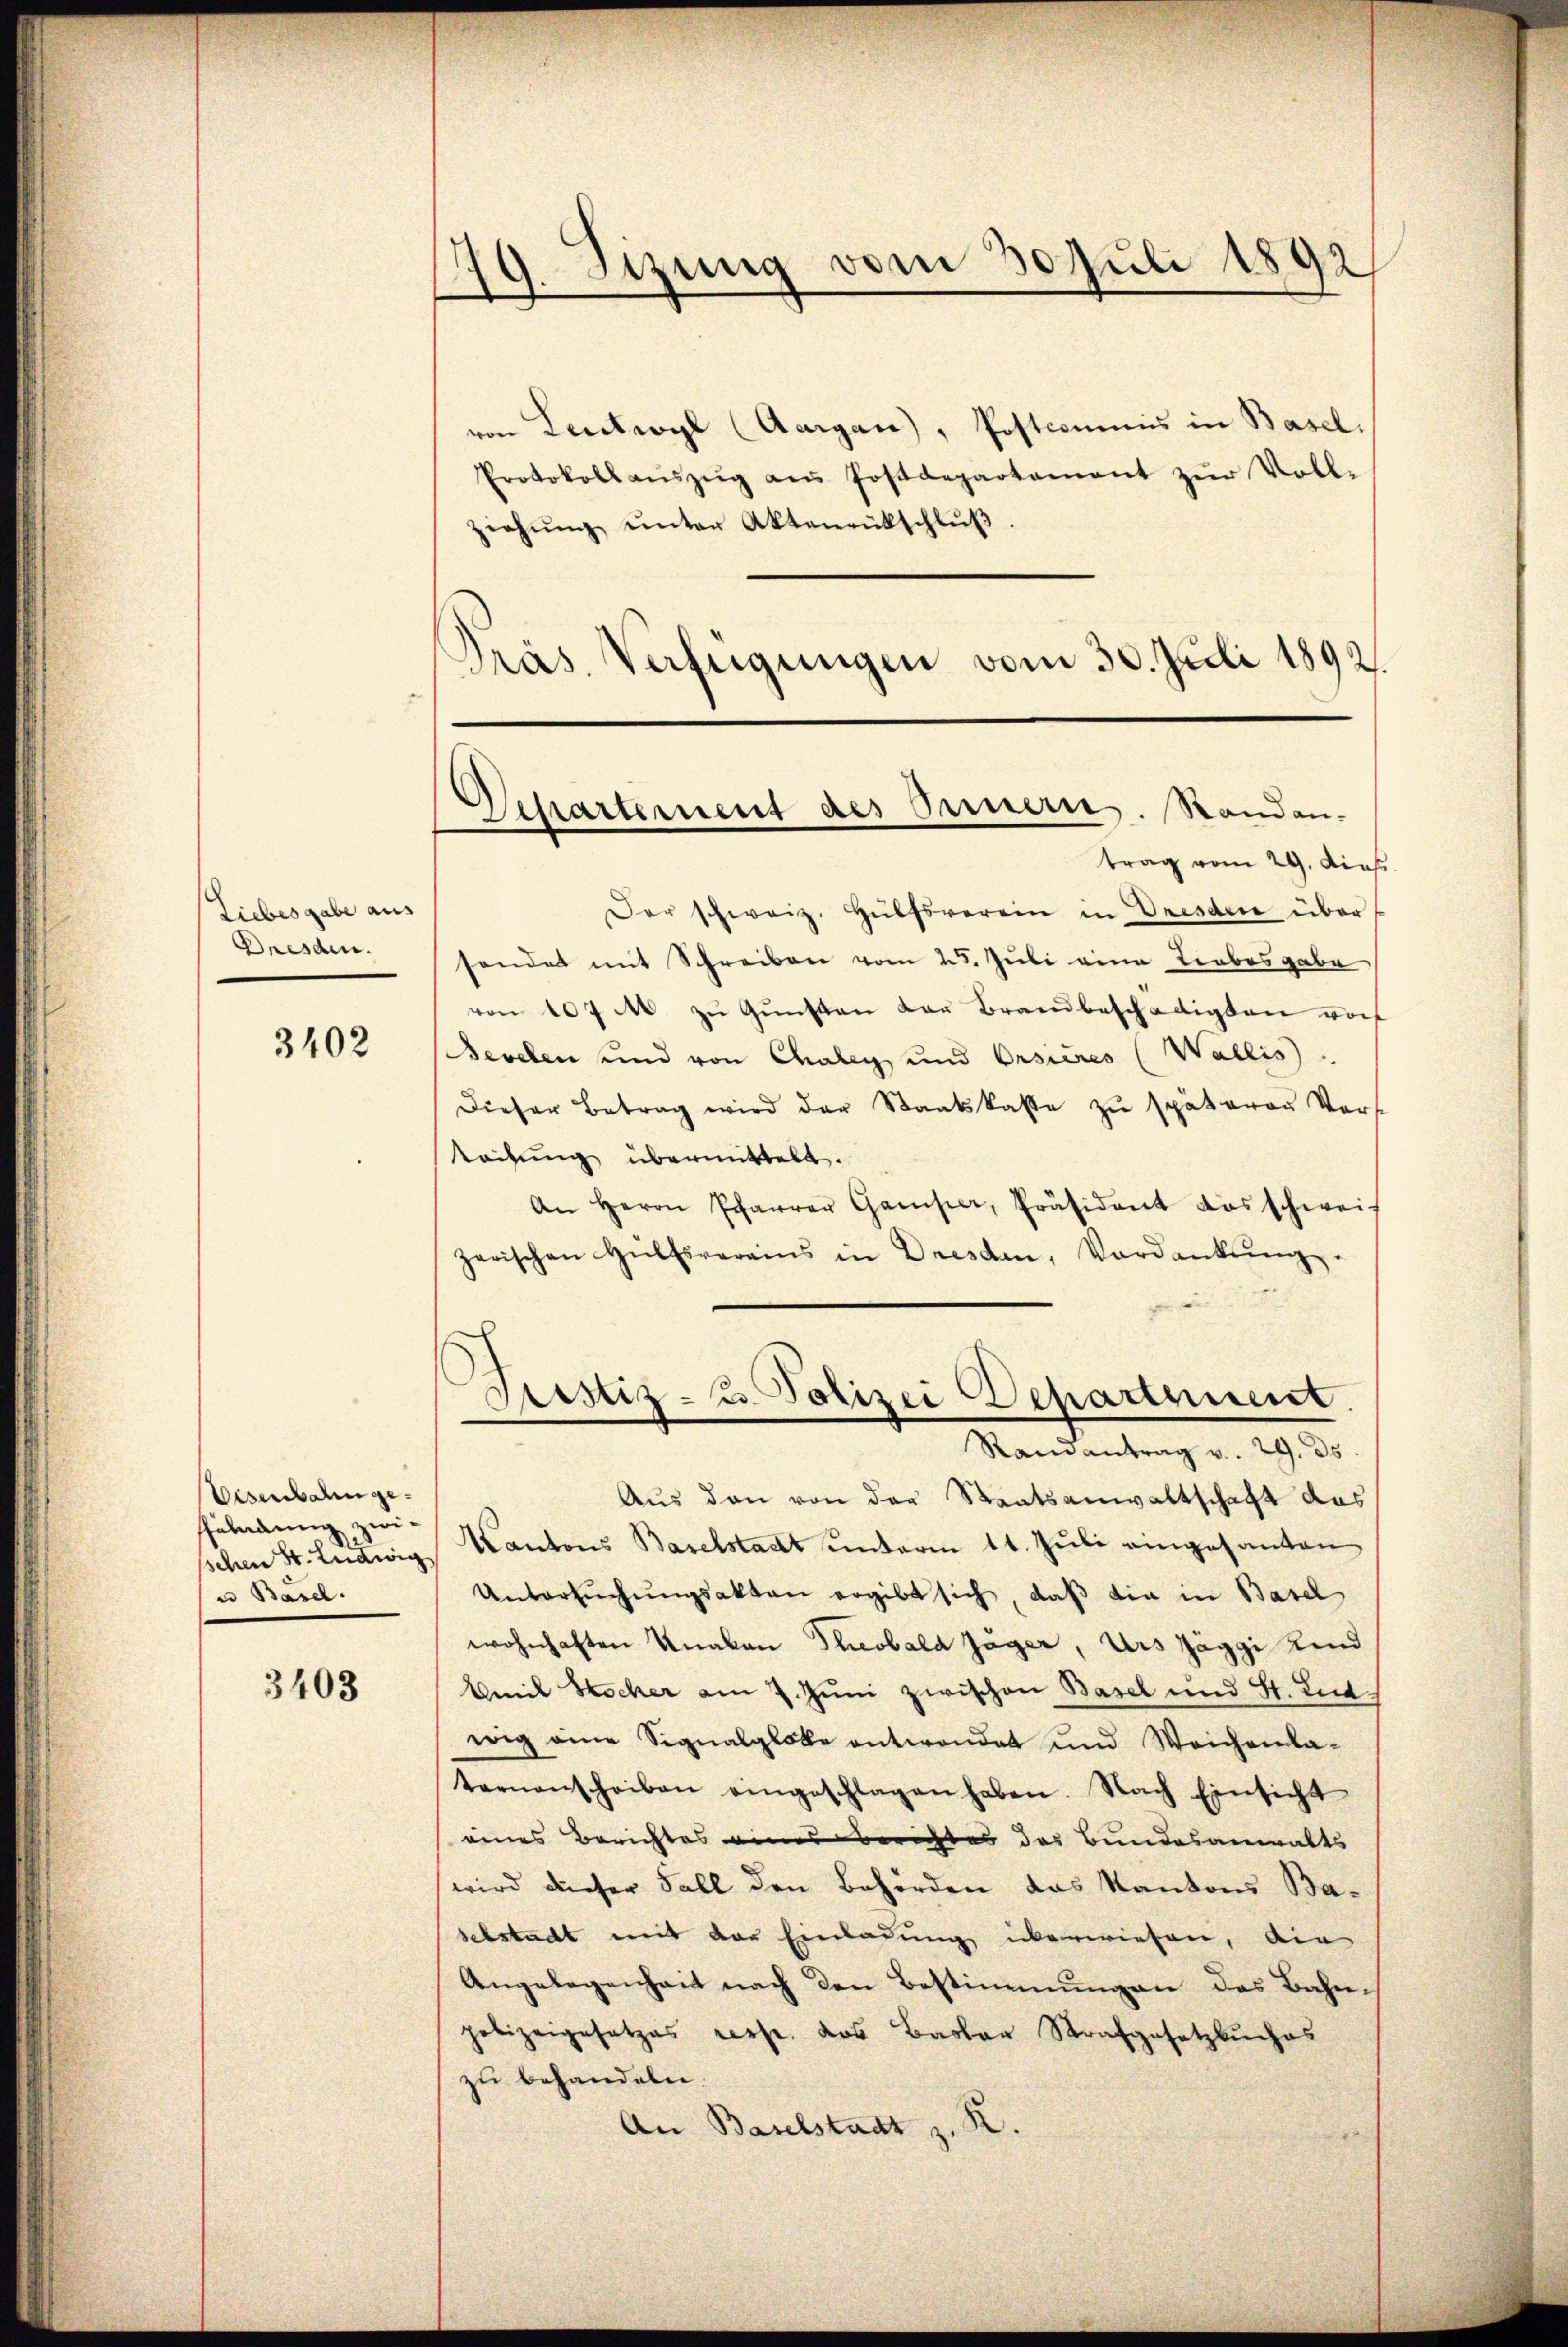
Liebesgabe aus
Dresden.

3402

Eisenbahngefüladung zwischen St. Ludwig
u Basel.

3403

19. Setzung vom 30. Juli 1892
e

von Leutwyl (Aargau), Postcommis in Basel.
Protokoll aŭszŭg aŭs Postdepartement zŭr Voll-
ziehŭng ŭnter Aktenrückschlŭβ
Präs. Verfügungen vom 30. Juli 1892.

.
Departement des Bernern. Randan-
trag vom 29. dieß

Sistiz- u. Polizei Departement
Ramantrag v. 29. ds.

Der schweiz. Hülfsverein in Dresden über
sendet mit Schreiben vom 25. Juli eine Trabesgabe
von 107 M. zŭ Gŭnsten der Brandbeschädigten vor
Bevelen und von Chalen und Orsures (Wallis
dieser Betrag wird der Staatskasse zŭ späteren Vors
teihung übermittelt.
An Herrn Pfarrer Gamper, Präsident das schweis
zerischen Hülfsverains in Dresden, Verdankŭng
Aus den von der Staatsanwaltschaft das
Kantons Baselstadt unterm 11. Juli eingesanten
Untersŭchŭngsakten ergibt sich, daβ die in Basel
wohnhaften Knaben Theobald Jäger, Urs Jaggi Kind
Bemit Stocker am 7. Juni zwischen Basel und St. Lut
wig eine Signalglätte entwendet und Weichenla-
ternenscheiben eingeschlagen haben. Nach Einsicht
eines Berichtes eines Berichtes das Bundesanwalts
wird dieser Fall den Behörden das Kantons Baselstadt mit der Einladung überwiesen, die
Angelegenheit nach den Bestimmungen des Bahn-
polizeigesetzes verst das Basler Strafgesetzbuches
zu behandeln.
An Baselstadt z. K.